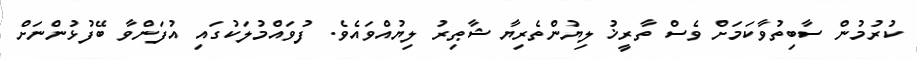
ކުރުމުން ސާބިތުވާކަމަށް ވެސް ތާރީޚު ލިޔުންތެރިޔާ ޝާޠިރު ލިޔުއްވައެވެ. ފުވައްމުލަކުގައި އުފަންވާ ބޭފުޅުންނަށް